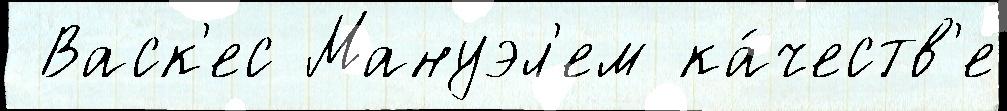
 Васк'ес Мануэл'ем ка́честв'е